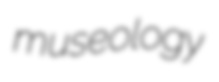
museology